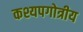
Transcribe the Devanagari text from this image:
कश्यपगोत्रीय